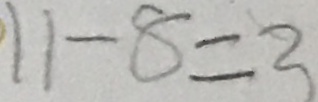
1 1 - 8 = 3